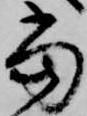
当